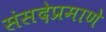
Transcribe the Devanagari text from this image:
संसदेप्रमाणे